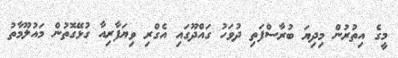
މީގެ އިތުރުން މިދިޔަ ބުރާސްފަތި ދުވަހު ގައްދޫގައި އެގްރި ވިޔަފާރިއާ ގުޅޭގޮތުން މައުލޫމާތު